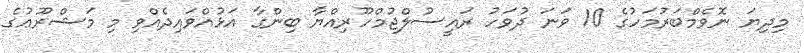
މިދިޔަ ނޮވެމްބަރުމަހުގެ 10 ވަނަ ދުވަހު ރައީސުލްޖުމްހޫރިއްޔާ ބިންގާ އަޅުއްވައިދެއްވި މި މަޝްރޫޢުގެ